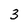
Character: 3